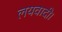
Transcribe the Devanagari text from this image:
लयवादी।